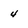
Character: 4